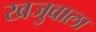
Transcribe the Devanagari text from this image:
खजुवाला